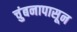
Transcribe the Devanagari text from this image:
चुंबनापासून